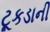
ટૂકડાની